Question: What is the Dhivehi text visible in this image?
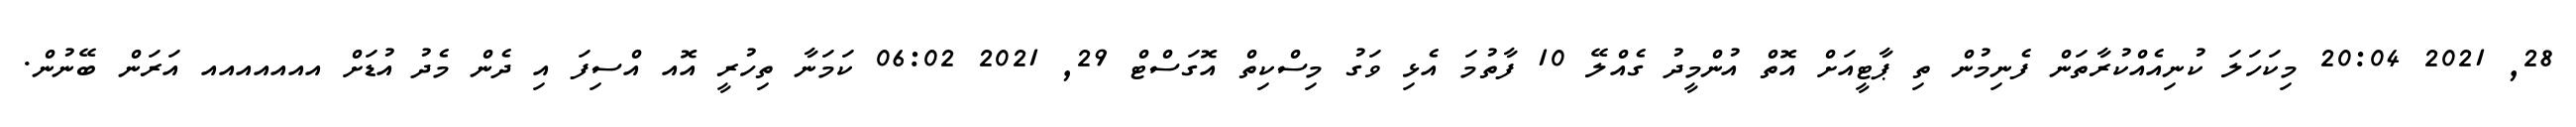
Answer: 28, 2021 20:04 މިކަހަލަ ކުނިއެއްކުރާތަން ފެނިމުން ތި ޕާޓީއަށް އޮތް އުންމީދު ގެއްލޭ 10 ފާތުމަ އެޅި ވަގު މިސްކިތް އޮގަސްޓް 29, 2021 06:02 ކަމަނާ ތިހުރީ އޮއ އްސިފަ އި ދެން މެދު އުޑަށް އއއއއއއ އަރަން ބޭނުން.